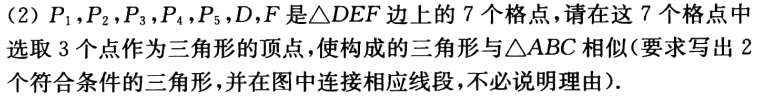
(2) \(P_{1},P_{2},P_{3},P_{4},P_{5},D,F\)是\(\triangle DEF\)边上的\(7\)个格点，请在这\(7\)个格点中选取\(3\)个点作为三角形的顶点，使构成的三角形与\(\triangle ABC\)相似(要求写出\(2\)个符合条件的三角形，并在图中连接相应线段，不必说明理由).